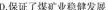
D.保证了煤矿业稳健发展